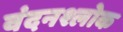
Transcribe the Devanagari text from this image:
वंदनश्लोक